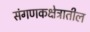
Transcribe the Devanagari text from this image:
संगणकक्षेत्रातील